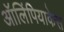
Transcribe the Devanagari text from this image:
ऑलिंपियाकेस